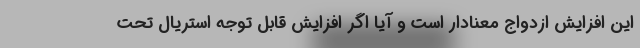
این افزایش ازدواج معنادار است و آیا اگر افزایش قابل توجه استریال تحت